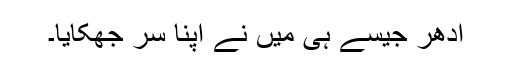
ادھر جیسے ہی میں نے اپنا سر جھکایا۔